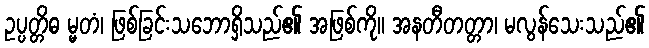
ဥပ္ပတ္တိဓ မ္မတံ၊ ဖြစ်ခြင်းသဘောရှိသည်၏ အဖြစ်ကို။ အနတီတတ္တာ၊ မလွန်သေးသည်၏